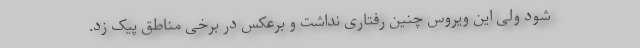
شود ولی این ویروس چنین رفتاری نداشت و برعکس در برخی مناطق پیک زد.